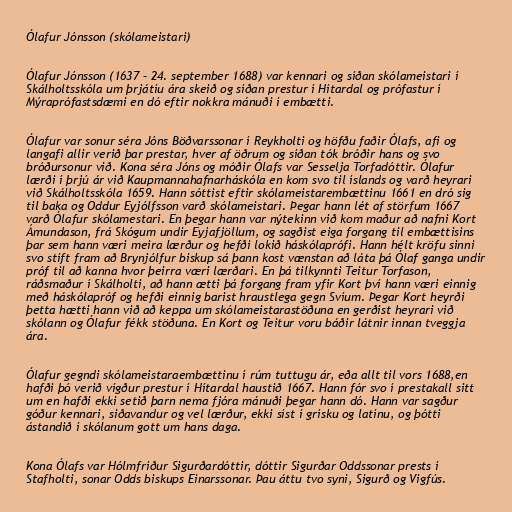
Ólafur Jónsson (skólameistari)

Ólafur Jónsson (1637 – 24. september 1688) var kennari og síðan skólameistari í
Skálholtsskóla um þrjátíu ára skeið og síðan prestur í Hítardal og prófastur í
Mýraprófastsdæmi en dó eftir nokkra mánuði í embætti.

Ólafur var sonur séra Jóns Böðvarssonar í Reykholti og höfðu faðir Ólafs, afi og
langafi allir verið þar prestar, hver af öðrum og síðan tók bróðir hans og svo
bróðursonur við. Kona séra Jóns og móðir Ólafs var Sesselja Torfadóttir. Ólafur
lærði í þrjú ár við Kaupmannahafnarháskóla en kom svo til íslands og varð heyrari
við Skálholtsskóla 1659. Hann sóttist eftir skólameistarembættinu 1661 en dró sig
til baka og Oddur Eyjólfsson varð skólameistari. Þegar hann lét af störfum 1667
varð Ólafur skólamestari. En þegar hann var nýtekinn við kom maður að nafni Kort
Ámundason, frá Skógum undir Eyjafjöllum, og sagðist eiga forgang til embættisins
þar sem hann væri meira lærður og hefði lokið háskólaprófi. Hann hélt kröfu sinni
svo stíft fram að Brynjólfur biskup sá þann kost vænstan að láta þá Ólaf ganga undir
próf til að kanna hvor þeirra væri lærðari. En þá tilkynnti Teitur Torfason,
ráðsmaður í Skálholti, að hann ætti þá forgang fram yfir Kort því hann væri einnig
með háskólapróf og hefði einnig barist hraustlega gegn Svíum. Þegar Kort heyrði
þetta hætti hann við að keppa um skólameistarastöðuna en gerðist heyrari við
skólann og Ólafur fékk stöðuna. En Kort og Teitur voru báðir látnir innan tveggja
ára.

Ólafur gegndi skólameistaraembættinu í rúm tuttugu ár, eða allt til vors 1688,en
hafði þó verið vígður prestur í Hítardal haustið 1667. Hann fór svo í prestakall sitt
um en hafði ekki setið þarn nema fjóra mánuði þegar hann dó. Hann var sagður
góður kennari, siðavandur og vel lærður, ekki síst í grísku og latínu, og þótti
ástandið í skólanum gott um hans daga.

Kona Ólafs var Hólmfríður Sigurðardóttir, dóttir Sigurðar Oddssonar prests í
Stafholti, sonar Odds biskups Einarssonar. Þau áttu tvo syni, Sigurð og Vigfús.